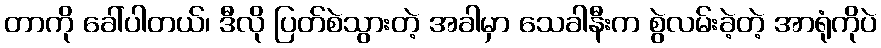
တာကို ခေါ်ပါတယ်၊ ဒီလို ပြတ်စဲသွားတဲ့ အခါမှာ သေခါနီးက စွဲလမ်းခဲ့တဲ့ အာရုံကိုပဲ